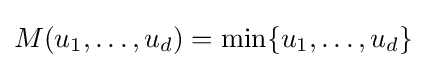
M(u_{1},\ldots ,u_{d})=\min\{u_{1},\dots ,u_{d}\}